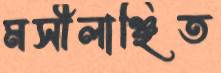
মসীলাঞ্ছিত